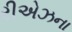
રીએઝના